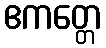
ဧကတ္တေ